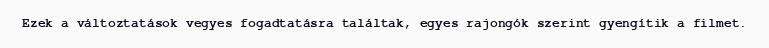
Ezek a változtatások vegyes fogadtatásra találtak, egyes rajongók szerint gyengítik a filmet.